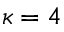
\kappa = 4